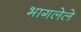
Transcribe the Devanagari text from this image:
भागलेले